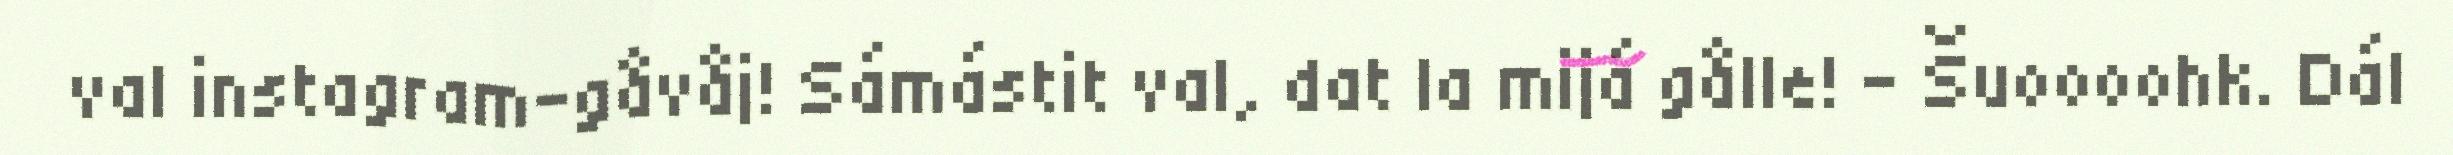
val instagram-gåvåj! Sámástit val, dat la mijá gålle! – Šuoooohk. Dál